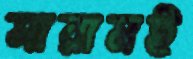
সারামই